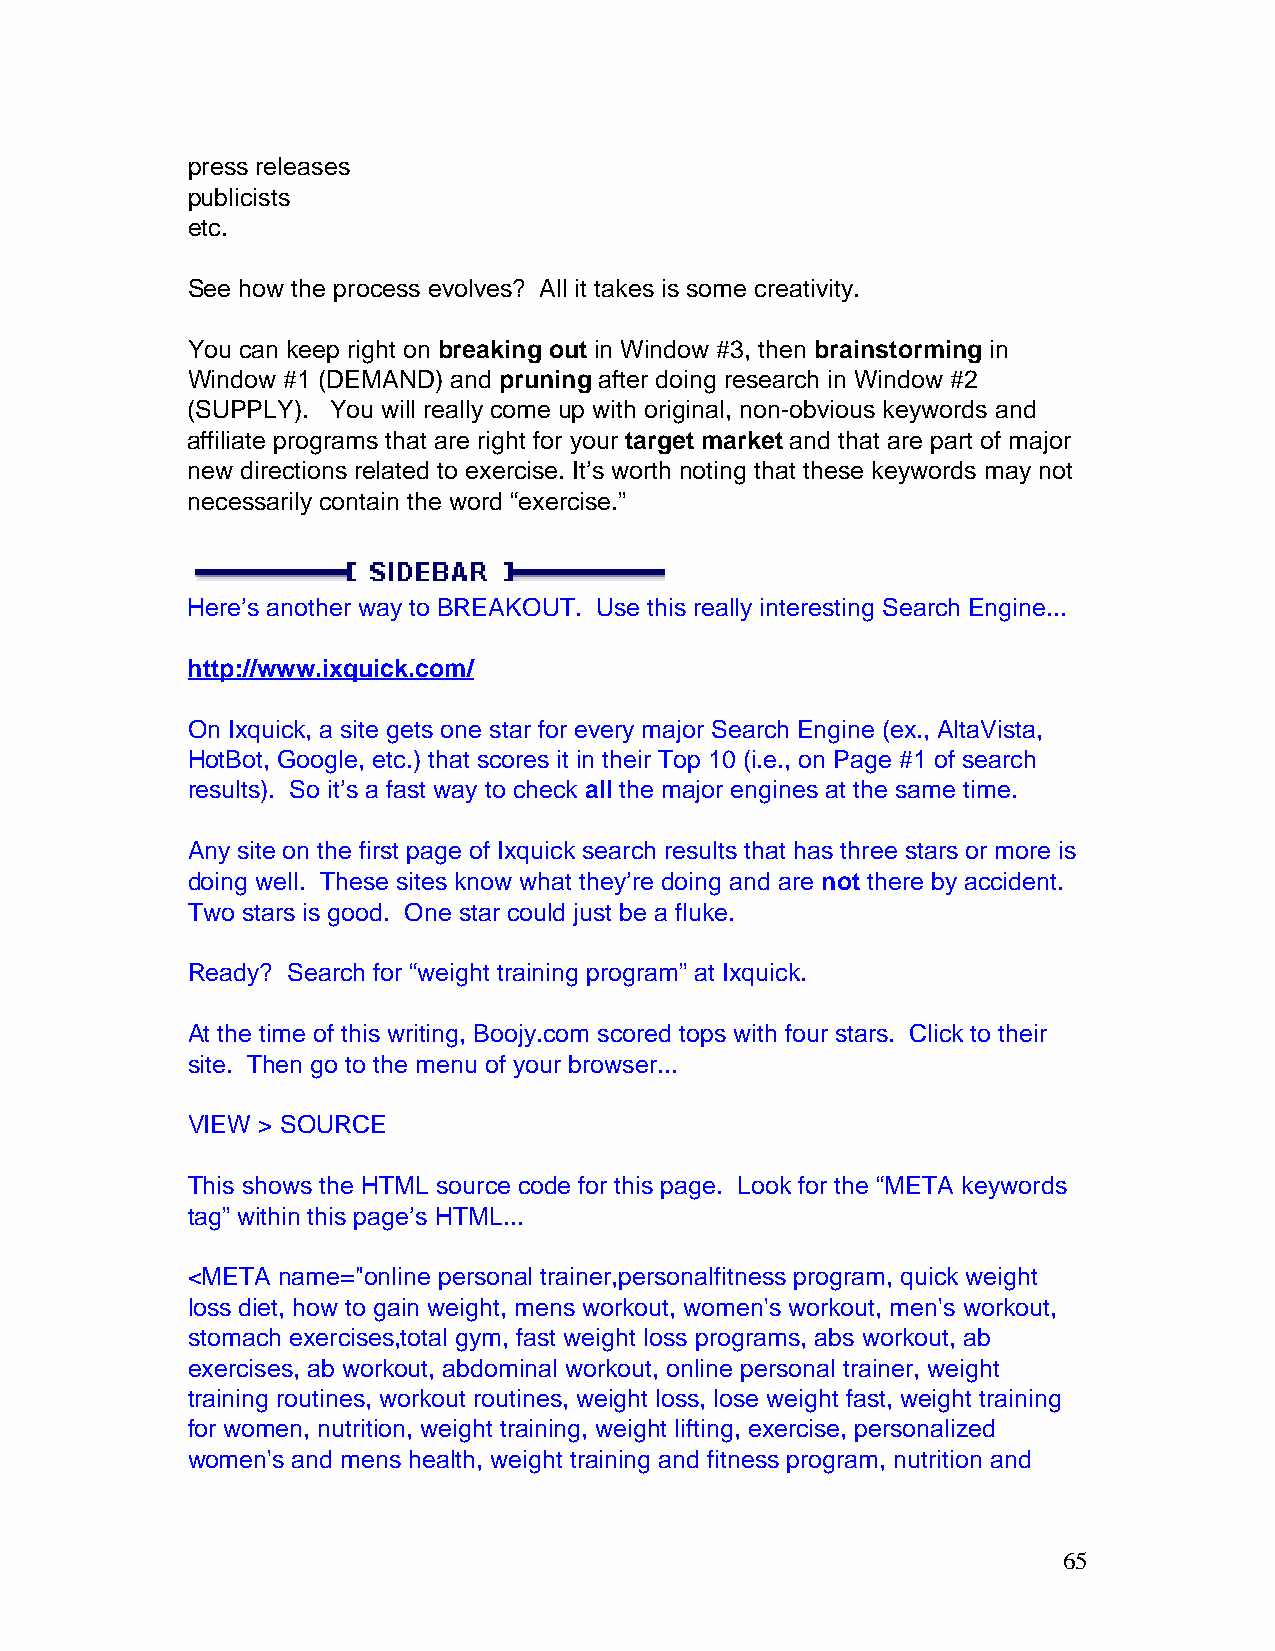
press releases
 publicists
 etc.
 See how the process evolves? All it takes is some creativity.
 You can keep right on breaking out in Window #3, then brainstorming in
 Window #1 (DEMAND) and pruning after doing research in Window #2
 (SUPPLY). You will really come up with original, non-obvious keywords and
 affiliate programs that are right for your target market and that are part of major
 new directions related to exercise. It’s worth noting that these keywords may not
 necessarily contain the word “exercise.”
 Here’s another way to BREAKOUT. Use this really interesting Search Engine...
 http://www.ixquick.com/
 On Ixquick, a site gets one star for every major Search Engine (ex., AltaVista,
 HotBot, Google, etc.) that scores it in their Top 10 (i.e., on Page #1 of search
 results). So it’s a fast way to check all the major engines at the same time.
 Any site on the first page of Ixquick search results that has three stars or more is
 doing well. These sites know what they’re doing and are not there by accident.
 Two stars is good. One star could just be a fluke.
 Ready? Search for “weight training program” at Ixquick.
 At the time of this writing, Boojy.com scored tops with four stars. Click to their
 site. Then go to the menu of your browser...
 VIEW > SOURCE
 This shows the HTML source code for this page. Look for the “META keywords
 tag” within this page’s HTML...
 <META name="online personal trainer,personalfitness program, quick weight
 loss diet, how to gain weight, mens workout, women's workout, men's workout,
 stomach exercises,total gym, fast weight loss programs, abs workout, ab
 exercises, ab workout, abdominal workout, online personal trainer, weight
 training routines, workout routines, weight loss, lose weight fast, weight training
 for women, nutrition, weight training, weight lifting, exercise, personalized
 women's and mens health, weight training and fitness program, nutrition and
 65